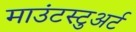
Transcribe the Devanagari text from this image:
माउंटस्टुअर्ट